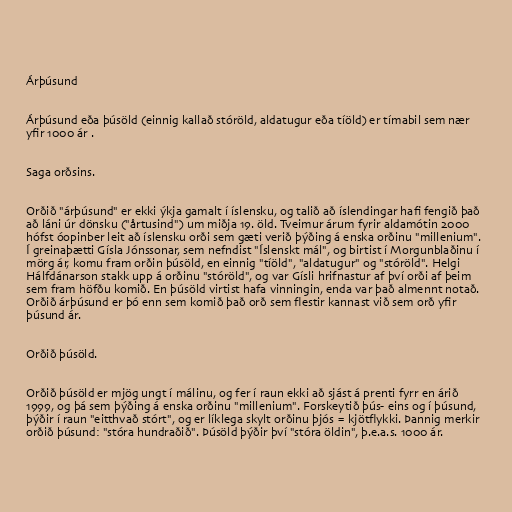
Árþúsund

Árþúsund eða þúsöld (einnig kallað stóröld, aldatugur eða tíöld) er tímabil sem nær
yfir 1000 ár .

Saga orðsins.

Orðið "árþúsund" er ekki ýkja gamalt í íslensku, og talið að íslendingar hafi fengið það
að láni úr dönsku ("årtusind") um miðja 19. öld. Tveimur árum fyrir aldamótin 2000
hófst óopinber leit að íslensku orði sem gæti verið þýðing á enska orðinu "millenium".
Í greinaþætti Gísla Jónssonar, sem nefndist "Íslenskt mál", og birtist í Morgunblaðinu í
mörg ár, komu fram orðin þúsöld, en einnig "tíöld", "aldatugur" og "stóröld". Helgi
Hálfdánarson stakk upp á orðinu "stóröld", og var Gísli hrifnastur af því orði af þeim
sem fram höfðu komið. En þúsöld virtist hafa vinningin, enda var það almennt notað.
Orðið árþúsund er þó enn sem komið það orð sem flestir kannast við sem orð yfir
þúsund ár.

Orðið þúsöld.

Orðið þúsöld er mjög ungt í málinu, og fer í raun ekki að sjást á prenti fyrr en árið
1999, og þá sem þýðing á enska orðinu "millenium". Forskeytið þús- eins og í þúsund,
þýðir í raun "eitthvað stórt", og er líklega skylt orðinu þjós = kjötflykki. Þannig merkir
orðið þúsund: "stóra hundraðið". Þúsöld þýðir því "stóra öldin", þ.e.a.s. 1000 ár.